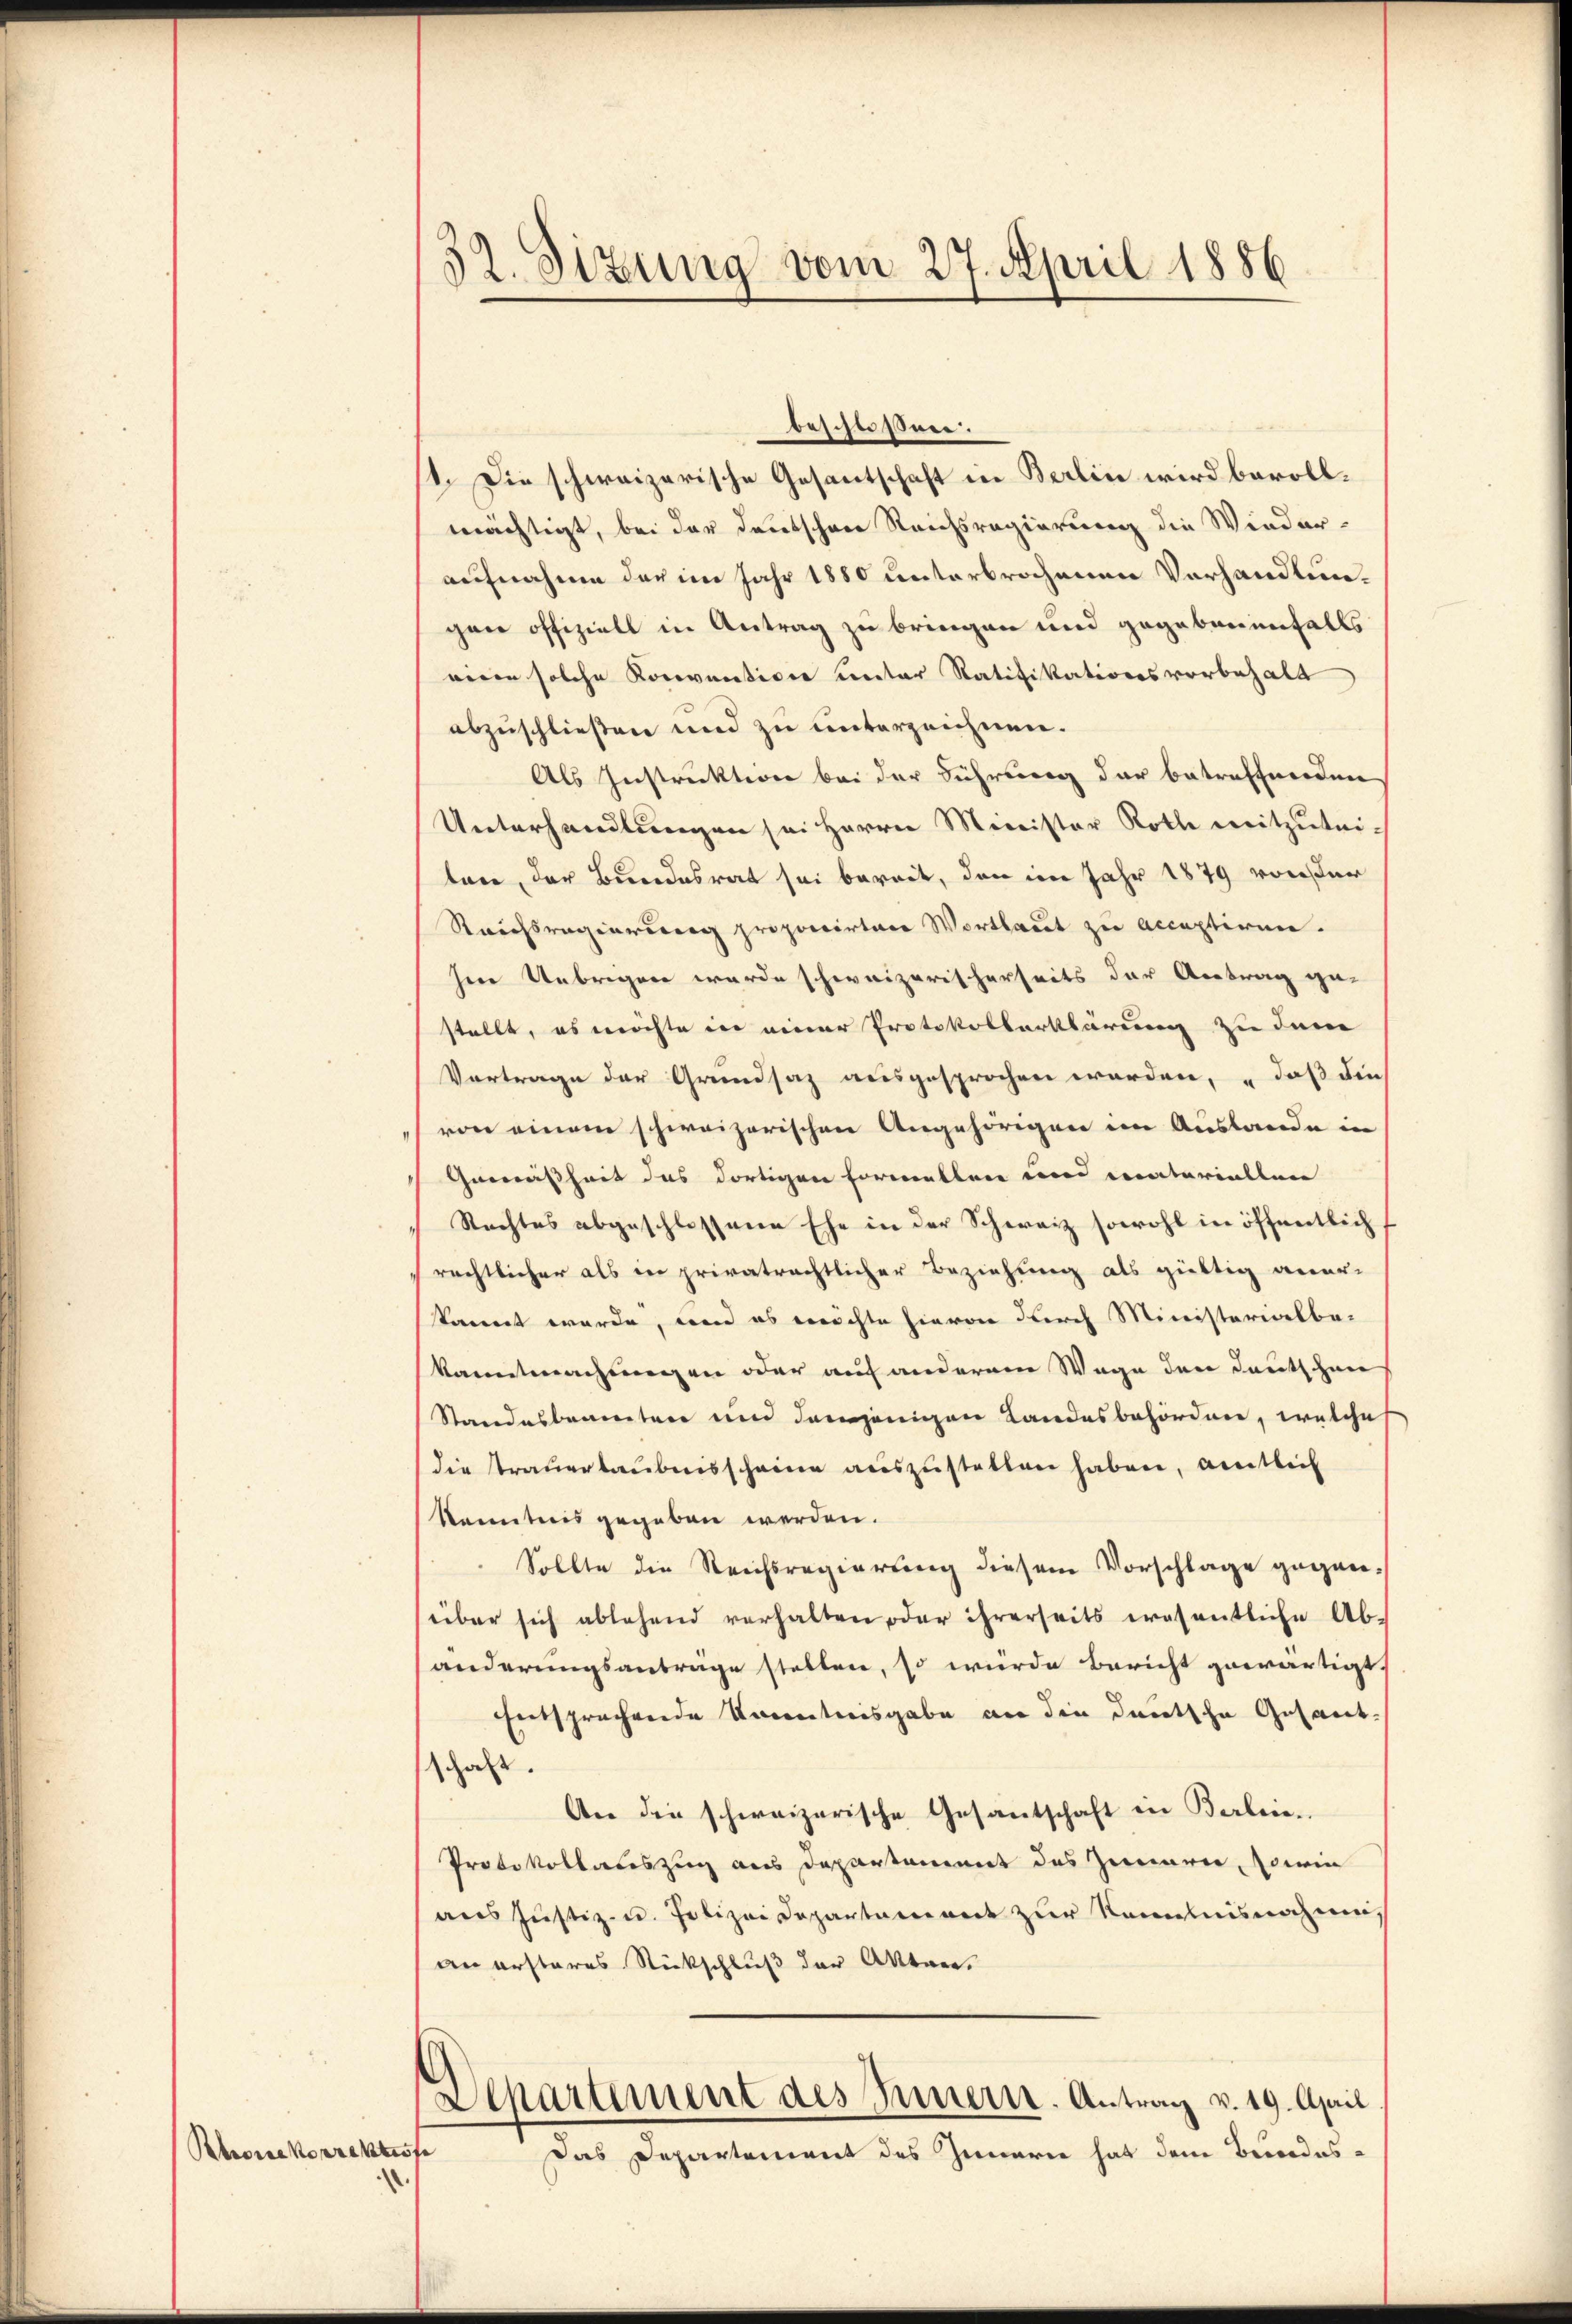
Rhonekorrektion

32. Sizung vom 27. April 1886

beschüssen:
1. Die schweizerische Gesantschaft in Berlin wird bevollmächtigt, bei der deutschen Reichsregierung die Wieder-
aufnahme der im Jahr 1880 unterbrochenen Vorhandlungane offiziell in Antrag zu bringen und gegebenenfalls
riren solche Konventione unter Ratifikationsvorbehalt
abzuschließen und zu unterzeichnen.
Als Instruktion bei der Führung der betreffnerden
Unterhandlungen sei Herrn Minister Roth weitzutei-
ten, der Bundesrat sei bereit, den im Jahr 1879 von der
Rauchsregierung proponirten Wortlaut zu acceptiren.
sene Uebrigen wurde schweizerischerseits der Antrag ge-
stellt, es möchte in einer Protokollerklärung zu dem
Vortrage der Grundsaz ausgesprochen worden, daß die
von einem schweizerischen Angehörigen im Auslande in
Gemäßheit das dortigen Formellen und materiallen
Rechtes abgeschlossene Ehe in der Schweiz sowohl in öffentlich
rechtlicher als in privatrechtlicher Beziehung als gültig aner-
kannt werde, und es möchte hievon durch Ministerialbe-
kanntmachungen oder auf anderem Wege den deutschen
Standesbeamten und demjenigen Landesbesordnen, welche
die Strauerlaubnisscheine auszustellen haben, amtlich
Kenntnis gegeben werden.
Sollte die Reichsregierung diesem Vorschlage gegen
über sich ablehend verhalten oder ihrerseits eröfentliche Ab-
änderungsanträge stellen, so wurde bericht gewärtigt.
Entsprechende Kenntnisgabe an die deutsche Gesant-
schaft.
An die schweizerische Gesantschaft in Berlie
Protokollauszug aus Departament des Zimerer, sowie
aus Justiz- u. Polizei Departament zur Kenntnisnahme
an ersteres Rückschluß der Akten.
Departement des Innern. Antrag v. 19. April
Das Departement des Innern hat dem Bundes¬